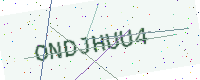
Text: ONDJHUU4